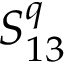
S _ { 1 3 } ^ { q }